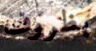
بظروف